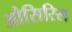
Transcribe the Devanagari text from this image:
औसिरिस